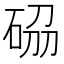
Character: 𥒢